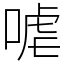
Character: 㖸